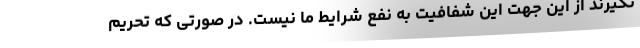
نگیرند از این جهت این شفافیت به نفع شرایط ما نیست. در صورتی که تحریم